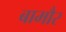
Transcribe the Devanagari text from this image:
बामौर